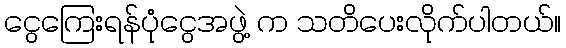
ငွေကြေးရန်ပုံငွေအဖွဲ့ က သတိပေးလိုက်ပါတယ်။